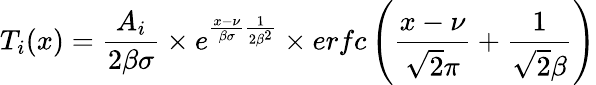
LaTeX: T_{i}(x)=\frac{A_{i}}{2\beta\sigma}\times e^{\frac{x-\nu}{\beta\sigma}\frac{1}{2\beta^{2}}}\times erfc\left(\frac{x-\nu}{\sqrt{2}\pi}+\frac{1}{\sqrt{2}\beta}\right)